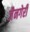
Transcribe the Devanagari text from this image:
जैनगेरी